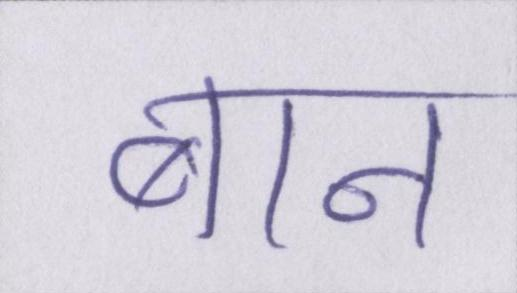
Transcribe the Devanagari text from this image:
बान